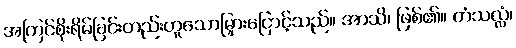
အကြင်စိုးရိမ်ခြင်းတည်းဟူသောမြှားငြောင့်သည်။ အာသိ၊ ဖြစ်၏။ တံသလ္လံ၊